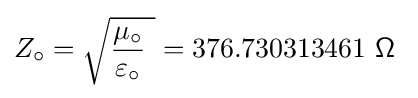
Z_{\circ }={\sqrt {{\mu _{\circ } \over \varepsilon _{\circ }}\ }}=376.730313461{\mathsf {\ \Omega \ }}